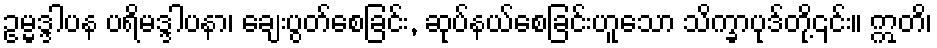
ဥမ္မဒ္ဒါပန ပရိမဒ္ဒါပနာ၊ ချေးပွတ်စေခြင်း, ဆုပ်နယ်စေခြင်းဟူသော သိက္ခာပုဒ်တို့၎င်း။ ဣတိ၊